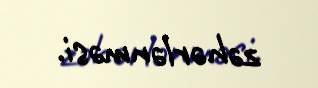
zəhərlənməsi.